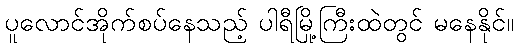
ပူလောင်အိုက်စပ်နေသည့် ပါရီမြို့ကြီးထဲတွင် မနေနိုင်။